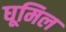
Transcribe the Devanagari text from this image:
घूमिल